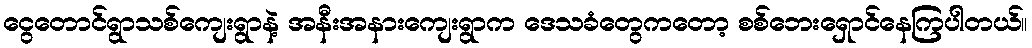
ငွေတောင်ရွာသစ်ကျေးရွာနဲ့ အနီးအနားကျေးရွာက ဒေသခံတွေကတော့ စစ်ဘေးရှောင်နေကြပါတယ်။